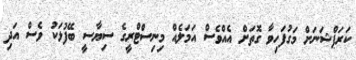
ކަރަޕްޝަނަށް މަގުފަހިވާ ގޮތަށް އެއްވެސް އަމަލެއް މިނިސްޓްރީގެ ސިޔާސީ ބޭފުޅަކު ވެސް އަދި